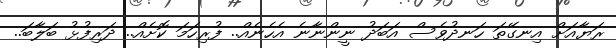
ރަޔާއަށް އިނގޭތަ ހަނދުވެސް އަބަދު ނީންނާނެ އެހެނެއް.. ފުރިހަމަ ކޮށެއް.. ދަރިފުޅު ބަލާބަ..